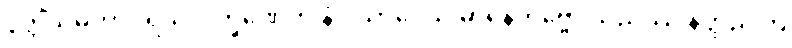
ဒွတ္တိံသမဟာပုရိသလက္ခဏေဟိ နိဝါသာပေသိ မာနေတဗ္ဗော သညိဿ နတ္ထညတြ